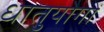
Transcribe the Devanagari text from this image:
धातुयोगों